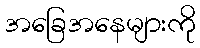
အခြေအနေများကို